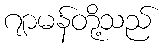
ဂျာမန်တို့သည်